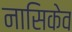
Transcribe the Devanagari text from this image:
नासिकेव